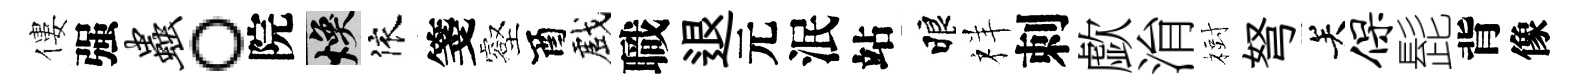
僂强虫。院焕依箋壑酉戲職退元泯站睱祥刺歔㳙𣗳弩关保髭背像